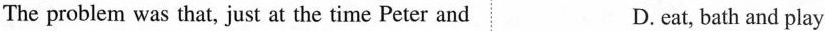
The problem was that, just at the time Peter and D.eat, bath and play